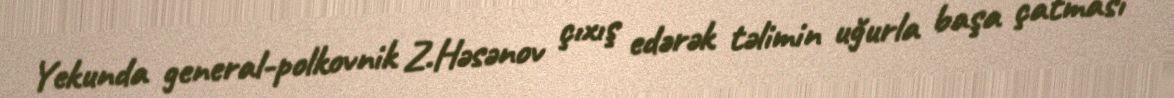
Yekunda general-polkovnik Z.Həsənov çıxış edərək təlimin uğurla başa çatması